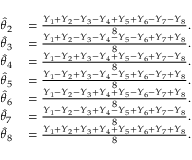
\begin{array} { r l } { { \widehat { \theta } } _ { 2 } } & { { } = { \frac { Y _ { 1 } + Y _ { 2 } - Y _ { 3 } - Y _ { 4 } + Y _ { 5 } + Y _ { 6 } - Y _ { 7 } - Y _ { 8 } } { 8 } } . } \\ { { \widehat { \theta } } _ { 3 } } & { { } = { \frac { Y _ { 1 } + Y _ { 2 } - Y _ { 3 } - Y _ { 4 } - Y _ { 5 } - Y _ { 6 } + Y _ { 7 } + Y _ { 8 } } { 8 } } . } \\ { { \widehat { \theta } } _ { 4 } } & { { } = { \frac { Y _ { 1 } - Y _ { 2 } + Y _ { 3 } - Y _ { 4 } + Y _ { 5 } - Y _ { 6 } + Y _ { 7 } - Y _ { 8 } } { 8 } } . } \\ { { \widehat { \theta } } _ { 5 } } & { { } = { \frac { Y _ { 1 } - Y _ { 2 } + Y _ { 3 } - Y _ { 4 } - Y _ { 5 } + Y _ { 6 } - Y _ { 7 } + Y _ { 8 } } { 8 } } . } \\ { { \widehat { \theta } } _ { 6 } } & { { } = { \frac { Y _ { 1 } - Y _ { 2 } - Y _ { 3 } + Y _ { 4 } + Y _ { 5 } - Y _ { 6 } - Y _ { 7 } + Y _ { 8 } } { 8 } } . } \\ { { \widehat { \theta } } _ { 7 } } & { { } = { \frac { Y _ { 1 } - Y _ { 2 } - Y _ { 3 } + Y _ { 4 } - Y _ { 5 } + Y _ { 6 } + Y _ { 7 } - Y _ { 8 } } { 8 } } . } \\ { { \widehat { \theta } } _ { 8 } } & { { } = { \frac { Y _ { 1 } + Y _ { 2 } + Y _ { 3 } + Y _ { 4 } + Y _ { 5 } + Y _ { 6 } + Y _ { 7 } + Y _ { 8 } } { 8 } } . } \end{array}